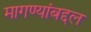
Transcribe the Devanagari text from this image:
मागण्यांबद्दल